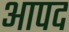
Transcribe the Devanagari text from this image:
आपद